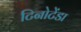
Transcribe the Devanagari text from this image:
टिनोटेंडा